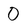
Character: 0